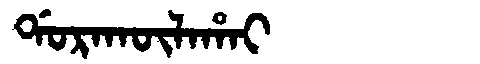
Manchu: ᡩᠣᡵᠠᡴᡡᠯᠠᡥᠠᡳ
Romanization: DORAKŪLAHAI